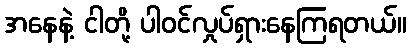
အနေနဲ့ ငါတို့ ပါဝင်လှုပ်ရှားနေကြရတယ်။